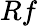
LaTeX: Rf